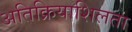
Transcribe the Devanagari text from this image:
अतिक्रियाशिलता